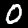
Label: 0